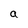
Character: a